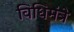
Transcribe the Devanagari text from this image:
विधिमंत्रे